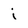
Character: i